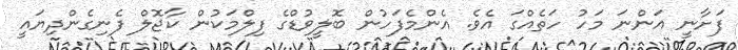
ފަށާނީ އަންނަ މަހު ހަތެއްގަ އެވެ. އެންމެފަހުން ބޮލީވުޑްގެ ފިލްމަކުން ކާޖޮލް ފެނިގެންދިޔައީ